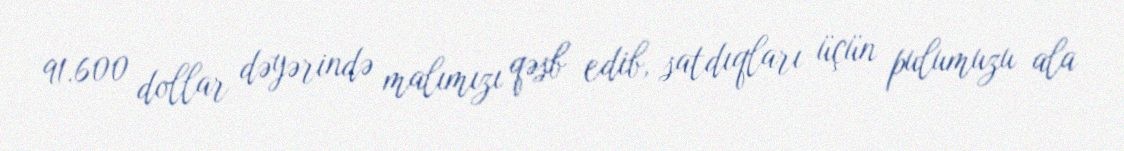
91.600 dollar dəyərində malımızı qəsb edib, satdıqları üçün pulumuzu ala